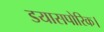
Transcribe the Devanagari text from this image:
डयासपोरिक।